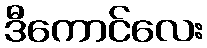
ဒီကောင်လေး